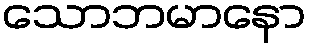
သောဘမာနော